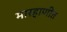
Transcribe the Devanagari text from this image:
मारहाणीत